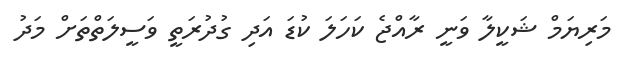
މަރިޔަމް ޝަކީލާ ވަނީ ރާއްޖެ ކަހަލަ ކުޑަ އަދި ގުދުރަތީ ވަސީލަތްތަށް މަދު